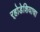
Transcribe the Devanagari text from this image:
र्‍होडेशियाचा